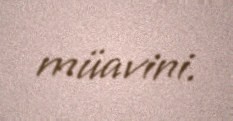
müavini.